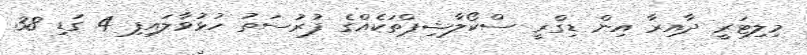
މިލިޓަރީ ދާއިރާ އިން ޑިގްރީ ސްކޯލާޝިޕްތަކެއްގެ ފުރުސަތު ހުޅުވާލައިފި 4 ގަޑި 38